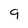
Character: 9